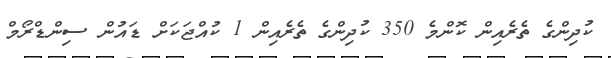
ކުދިންގެ ތެރެއިން ކޮންމެ 350 ކުދިންގެ ތެރެއިން 1 ކުއްޖަކަށް ޑައުން ސިންޑްރޯމް